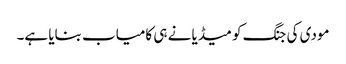
مودی کی جنگ کو میڈیا نے ہی کامیاب بنایا ہے۔